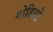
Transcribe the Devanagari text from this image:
गोडियो